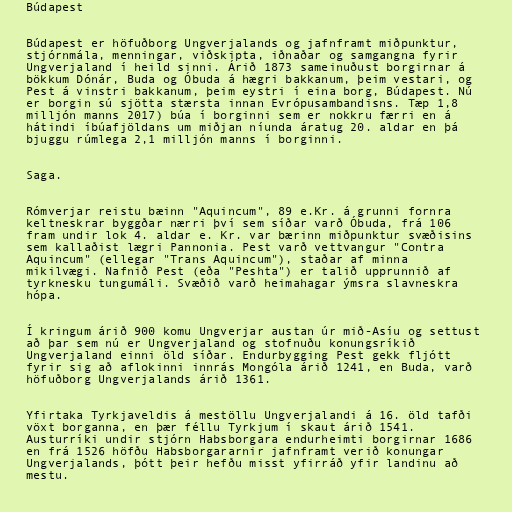
Búdapest

Búdapest er höfuðborg Ungverjalands og jafnframt miðpunktur,
stjórnmála, menningar, viðskipta, iðnaðar og samgangna fyrir
Ungverjaland í heild sinni. Árið 1873 sameinuðust borgirnar á
bökkum Dónár, Buda og Óbuda á hægri bakkanum, þeim vestari, og
Pest á vinstri bakkanum, þeim eystri í eina borg, Búdapest. Nú
er borgin sú sjötta stærsta innan Evrópusambandisns. Tæp 1,8
milljón manns 2017) búa í borginni sem er nokkru færri en á
hátindi íbúafjöldans um miðjan níunda áratug 20. aldar en þá
bjuggu rúmlega 2,1 milljón manns í borginni.

Saga.

Rómverjar reistu bæinn "Aquincum", 89 e.Kr. á grunni fornra
keltneskrar byggðar nærri því sem síðar varð Óbuda, frá 106
fram undir lok 4. aldar e. Kr. var bærinn miðpunktur svæðisins
sem kallaðist lægri Pannonia. Pest varð vettvangur "Contra
Aquincum" (ellegar "Trans Aquincum"), staðar af minna
mikilvægi. Nafnið Pest (eða "Peshta") er talið upprunnið af
tyrknesku tungumáli. Svæðið varð heimahagar ýmsra slavneskra
hópa.

Í kringum árið 900 komu Ungverjar austan úr mið-Asíu og settust
að þar sem nú er Ungverjaland og stofnuðu konungsríkið
Ungverjaland einni öld síðar. Endurbygging Pest gekk fljótt
fyrir sig að aflokinni innrás Mongóla árið 1241, en Buda, varð
höfuðborg Ungverjalands árið 1361.

Yfirtaka Tyrkjaveldis á mestöllu Ungverjalandi á 16. öld tafði
vöxt borganna, en þær féllu Tyrkjum í skaut árið 1541.
Austurríki undir stjórn Habsborgara endurheimti borgirnar 1686
en frá 1526 höfðu Habsborgararnir jafnframt verið konungar
Ungverjalands, þótt þeir hefðu misst yfirráð yfir landinu að
mestu.